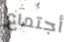
أجتماع